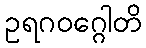
ဥရဂဝဂ္ဂေါတိ